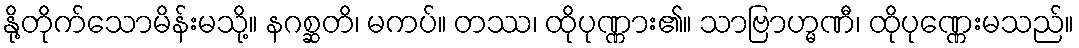
နို့တိုက်သောမိန်းမသို့။ နဂစ္ဆတိ၊ မကပ်။ တဿ၊ ထိုပုဏ္ဏား၏။ သာဗြာဟ္မဏီ၊ ထိုပုဏ္ဏေးမသည်။